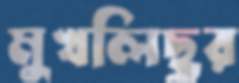
মুখলিছুর